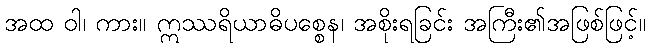
အထ ဝါ၊ ကား။ ဣဿရိယာဓိပစ္စေန၊ အစိုးရခြင်း အကြီး၏အဖြစ်ဖြင့်။